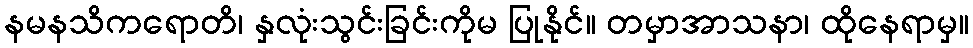
နမနသိကရောတိ၊ နှလုံးသွင်းခြင်းကိုမ ပြုနိုင်။ တမှာအာသနာ၊ ထိုနေရာမှ။